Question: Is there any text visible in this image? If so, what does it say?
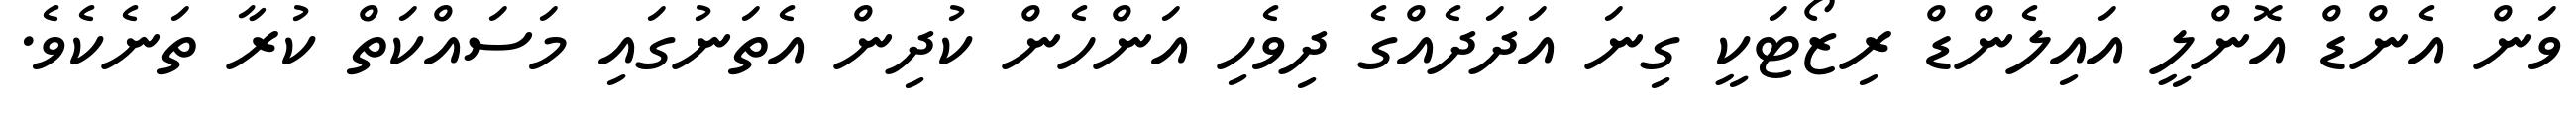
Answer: ވަން އެންޑް އޮންލީ އައިލެންޑް ރިޒޯޓަކީ ގިނަ އަދަދެއްގެ ދިވެހި އަންހެން ކުދިން އެތަނުގައި މަސައްކަތް ކުރާ ތަނެކެވެ.